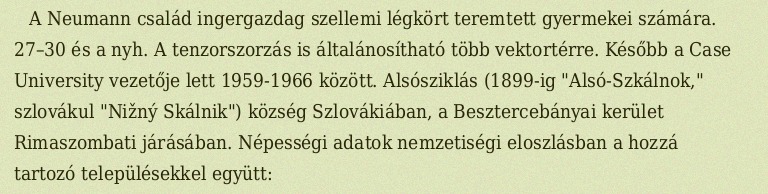
A Neumann család ingergazdag szellemi légkört teremtett gyermekei számára. 27–30 és a nyh. A tenzorszorzás is általánosítható több vektortérre. Később a Case University vezetője lett 1959-1966 között. Alsósziklás (1899-ig "Alsó-Szkálnok," szlovákul "Nižný Skálnik") község Szlovákiában, a Besztercebányai kerület Rimaszombati járásában. Népességi adatok nemzetiségi eloszlásban a hozzá tartozó településekkel együtt: